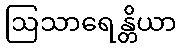
ဩသာရေန္တိယာ